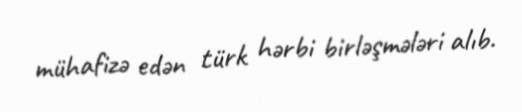
mühafizə edən türk hərbi birləşmələri alıb.